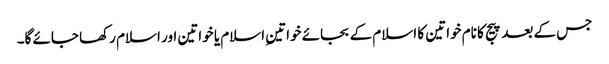
جس کے بعد پیج کا نام خواتین کا اسلام کے بجائے خواتینِ اسلام یا خواتین اور اسلام رکھا جائے گا۔